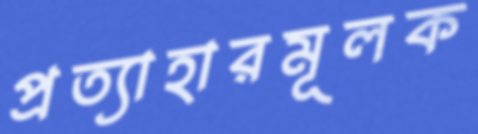
প্রত্যাহারমূলক